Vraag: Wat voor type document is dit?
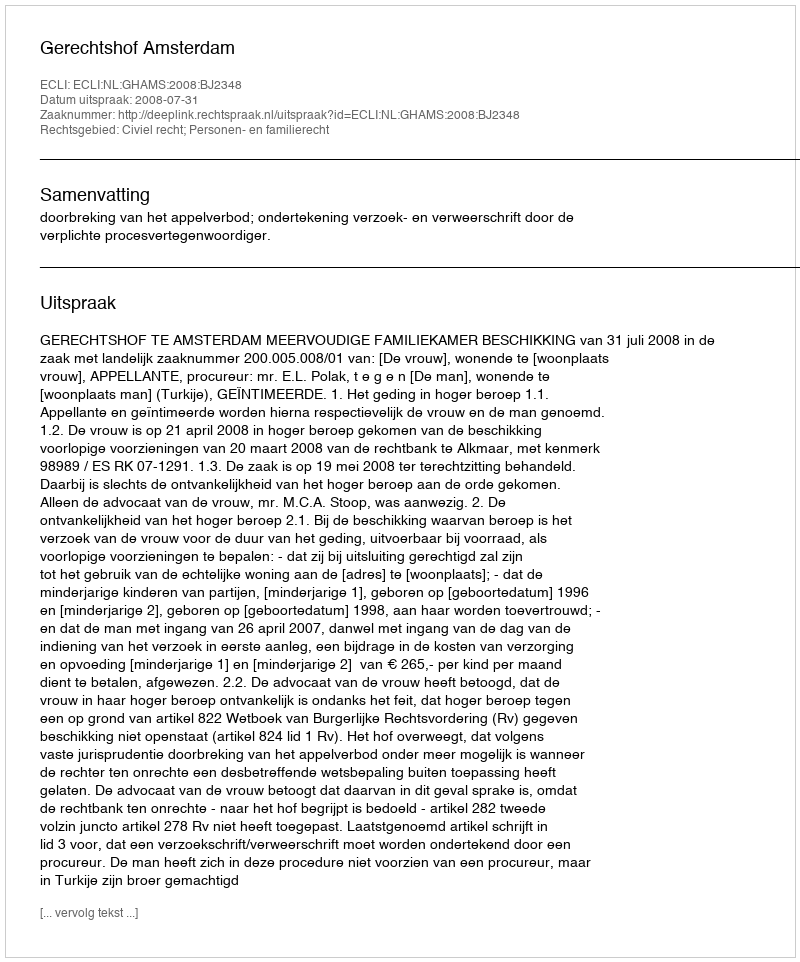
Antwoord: Uitspraak